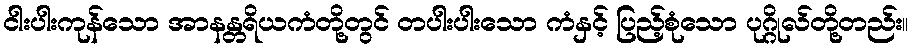
ငါးပါးကုန်သော အာနန္တရိယကံတို့တွင် တပါးပါးသော ကံနှင့် ပြည့်စုံသော ပုဂ္ဂိုလ်တို့တည်း။